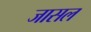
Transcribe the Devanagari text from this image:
जासल